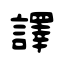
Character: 譯